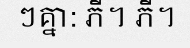
ៗគ្នា: ភី។ ភី។